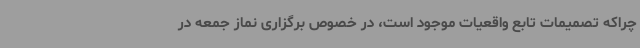
چراکه تصمیمات تابع واقعیات موجود است، در خصوص برگزاری نماز جمعه در